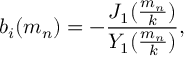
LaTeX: b _ { i } ( m _ { n } ) = - { \frac { J _ { 1 } ( { \frac { m _ { n } } { k } } ) } { Y _ { 1 } ( { \frac { m _ { n } } { k } } ) } } ,